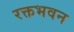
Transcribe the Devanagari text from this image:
रक्तभवन